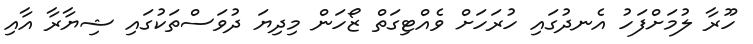
ހޫރާ ލުމަށްފަހު އެނދުގައި ހުރަހަށް ވެއްޓިގަތް ޒޯހަން މިދިޔަ ދުވަސްތަކުގައި ޝިޔާރާ އާއި